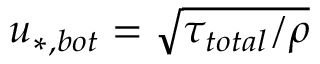
u _ { * , b o t } = \sqrt { \tau _ { t o t a l } / \rho }